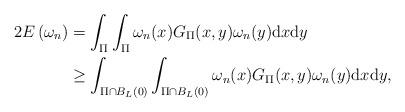
LaTeX: \begin{align*}2 E\left(\omega_{n}\right)&=\int_{\Pi} \int_{\Pi} \omega_{n}(x) G_{\Pi}(x, y) \omega_{n}(y) \mathrm{d} x \mathrm{d} y \\&\geq \int_{\Pi \cap B_{L}(0)} \int_{\Pi \cap B_{L}(0)} \omega_{n}(x) G_{\Pi}(x, y) \omega_{n}(y) \mathrm{d} x \mathrm{d} y,\end{align*}